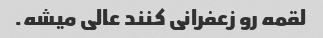
لقمه رو زعفرانی کنند عالی میشه.